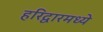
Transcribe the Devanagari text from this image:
हरिद्वारमध्ये